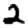
Digit: 2